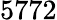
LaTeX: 5772